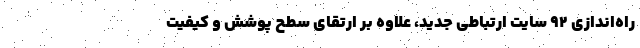
راه‌اندازی ٩٢ سایت ارتباطی جدید، علاوه بر ارتقای سطح پوشش و کیفیت